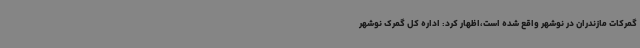
گمرکات مازندران در نوشهر واقع شده است،اظهار کرد: اداره ‌کل گمرک نوشهر